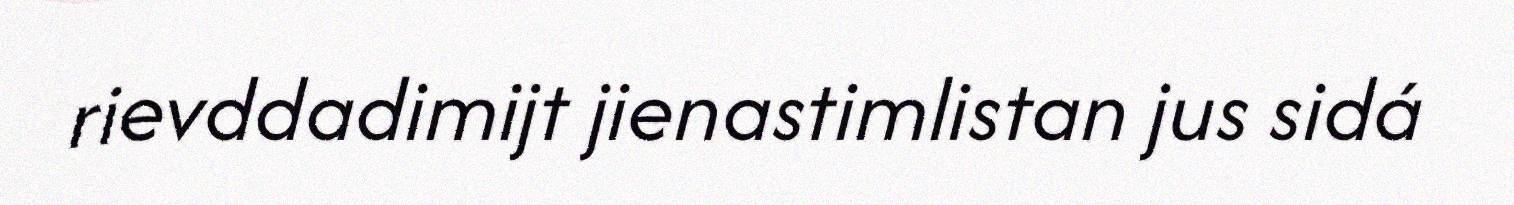
rievddadimijt jienastimlistan jus sidá